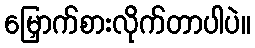
မြှောက်စားလိုက်တာပါပဲ။